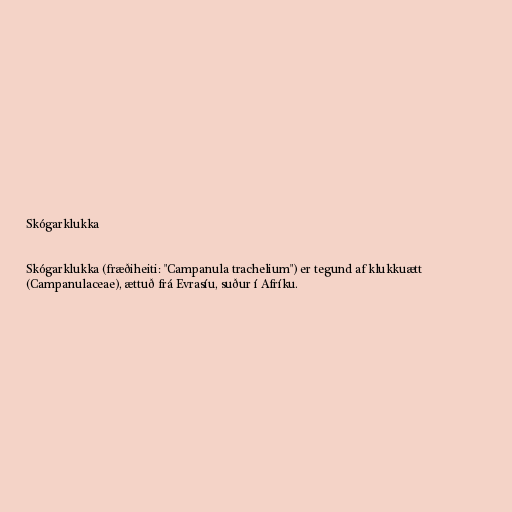
Skógarklukka

Skógarklukka (fræðiheiti: "Campanula trachelium") er tegund af klukkuætt
(Campanulaceae), ættuð frá Evrasíu, suður í Afríku.